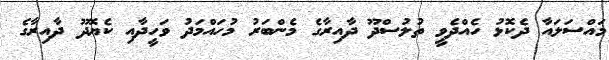
މައްސަލައާ ދެކޮޅު ހެއްދެވީ ތުލުސްދޫ ދާއިރާގެ މެންބަރު މުހައްމަދު ވަހީދާއި ކެޔޮދޫ ދާއިރާގެ